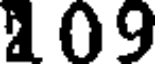
09